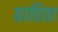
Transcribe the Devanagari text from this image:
ग्राहिता